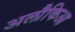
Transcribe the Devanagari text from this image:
अलौकिआ